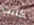
كانت